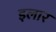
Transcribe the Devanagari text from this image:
इलार